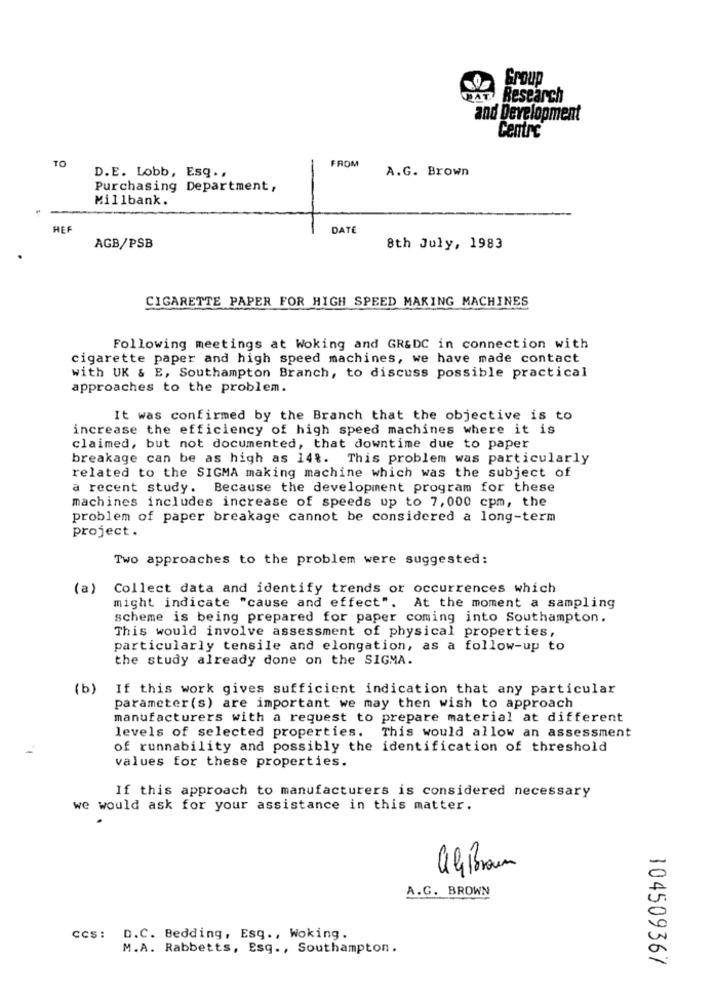
Group
WAT Research
and Development
Centre
TO
FROM
A.G. Brown
D.E. Lobb, Esq. ,
Purchasing Department,
Millbank.
HER
DATE
AGB/PSB
8th July, 1983
CIGARETTE PAPER FOR HIGH SPEED MAKING MACHINES
Following meetings at Woking and GR&DC in connection with
cigarette paper and high speed machines, we have made contact
with UK & E, Southampton Branch, to discuss possible practical
approaches to the problem.
It was confirmed by the Branch that the objective is to
increase the efficiency of high speed machines where it is
claimed, but not documented, that downtime due to paper
breakage can be as high as 14%. This problem was particularly
related to the SIGMA making machine which was the subject of
a recent study. Because the development program for these
machines includes increase of speeds up to 7,000 cpm, the
problem of paper breakage cannot be considered a long-term
project.
Two approaches to the problem were suggested:
(a)
Collect data and identify trends or occurrences which
might indicate "cause and effect". At the moment a sampling
scheme is being prepared for paper coming into Southampton.
This would involve assessment of physical properties,
particularly tensile and elongation, as a follow-up to
the study already done on the SIGMA.
(b
If this work gives sufficient indication that any particular
parameter (s) are important we may then wish to approach
manufacturers with a request to prepare material at different
levels of selected properties. This would allow an assessment
of runnability and possibly the identification of threshold
values for these properties.
If this approach to manufacturers is considered necessary
we would ask for your assistance in this matter.
alBraun
A.G. BROWN
ccs: D.C. Bedding, Esq ., Woking.
M.A. Rabbetts, Esq ., Southampton.
104509367